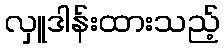
လှူဒါန်းထားသည့်